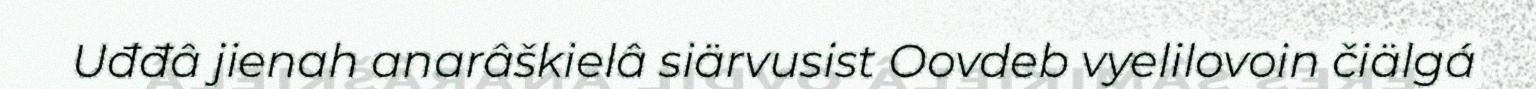
Uđđâ jienah anarâškielâ siärvusist Oovdeb vyelilovoin čiälgá